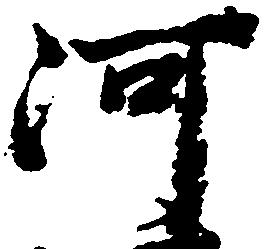
河